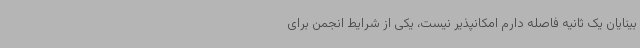
بینایان یک ثانیه فاصله دارم امکانپذیر نیست، یکی از شرایط انجمن برای